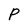
Character: P